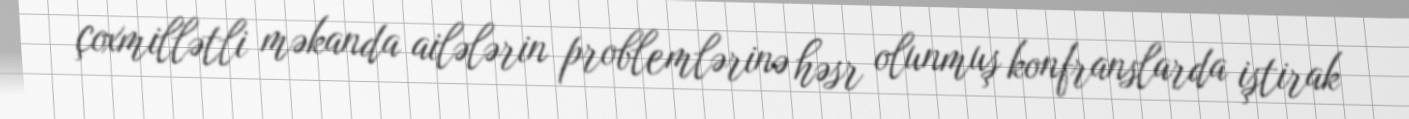
çoxmillətli məkanda ailələrin problemlərinə həsr olunmuş konfranslarda iştirak